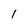
Character: l